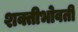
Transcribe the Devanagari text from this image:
शक्तीभोवती